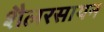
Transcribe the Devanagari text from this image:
शैलरसायन